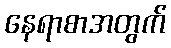
နေရာစာအတွက်